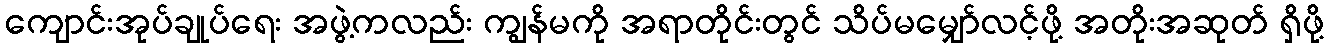
ကျောင်းအုပ်ချုပ်ရေး အဖွဲ့ကလည်း ကျွန်မကို အရာတိုင်းတွင် သိပ်မမျှော်လင့်ဖို့ အတိုးအဆုတ် ရှိဖို့